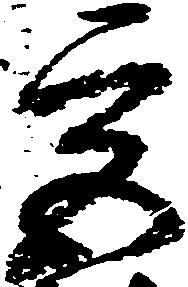
宮